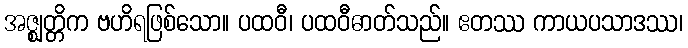
အဇ္ဈတ္တိက ဗဟိရဖြစ်သော။ ပထဝီ၊ ပထဝီဓာတ်သည်။ ဧတဿ ကာယပသာဒဿ၊